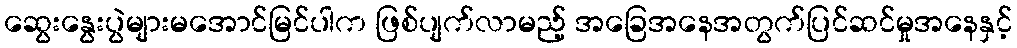
ဆွေးနွေးပွဲများမအောင်မြင်ပါက ဖြစ်ပျက်လာမည့် အခြေအနေအတွက်ပြင်ဆင်မှုအနေနှင့်